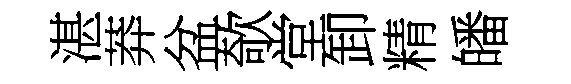
湛莽盆欹堂卸精皤